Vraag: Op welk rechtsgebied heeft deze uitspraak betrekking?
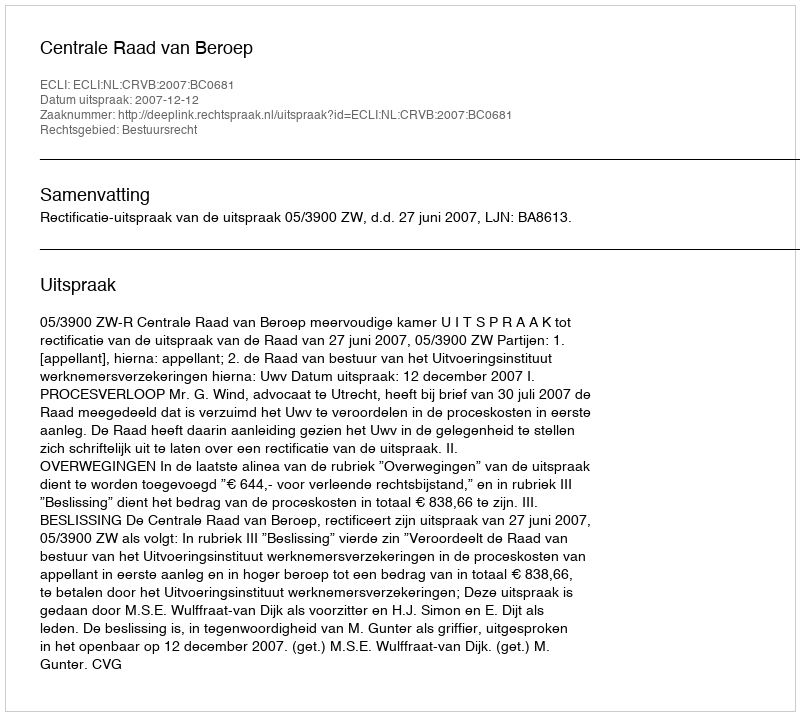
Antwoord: Bestuursrecht